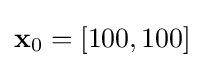
\mathbf {x} _{0}=\left[100,100\right]